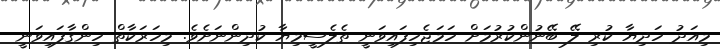
މިއަދު ހަދިޔާ ކުރި ލޭ ބޭނުންކުރުމަށް ހަމަޖެހިފައިވަނީ ތެލެސީމިޔާ ކުދިންނަށެވެ. މިހަރަކާތް ހިންގާފައިވަނީ